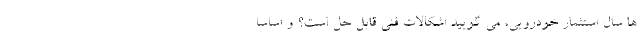
ها سال استثمار خودرویی، می گویید اشکالات فنی قابل حل است؟ و اساساً